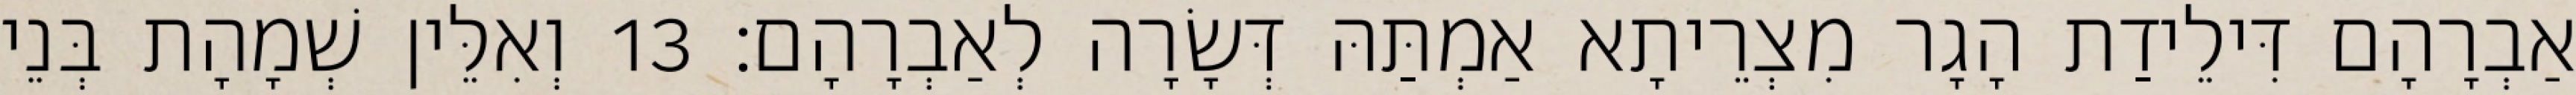
אַבְרָהָם דִּילֵידַת הָגָר מִצְרֵיתָא אַמְתַּהּ דְּשָׂרָה לְאַבְרָהָם׃ 13 וְאִלֵּין שְׁמָהָת בְּנֵי